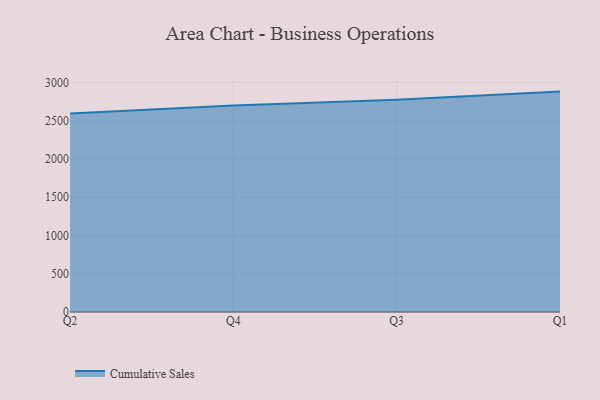
{"axis": {"x": "Quarter", "y": "Satisfaction Score"}, "legend": ["Cumulative Sales"], "data": [{"x": "Q2", "y": 2596.7, "type": "Cumulative Sales"}, {"x": "Q4", "y": 2701.0, "type": "Cumulative Sales"}, {"x": "Q3", "y": 2774.6, "type": "Cumulative Sales"}, {"x": "Q1", "y": 2881.8, "type": "Cumulative Sales"}]}